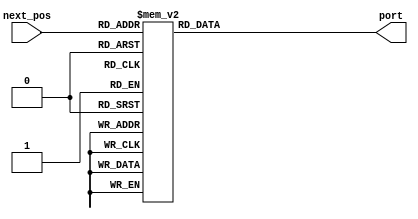
module routing_table_yx(
    next_pos,
    port
    );

parameter MY_XPOS = 0;
parameter MY_YPOS = 0;

input   [4:0]   next_pos;   // the bit size depends on the number of Nodes
output	[2:0]	    port;
reg 	[2:0]	    port;

/* YX DOR */
generate
if (MY_XPOS == 0 && MY_YPOS == 0) begin
    always @(*) begin
        case (next_pos)
            5'b00000 : port = 4;
            5'b00001 : port = 2;
            5'b00010 : port = 2;
            5'b00011 : port = 2;
            5'b00100 : port = 1;
            5'b00101 : port = 2;
            5'b00110 : port = 2;
            5'b00111 : port = 2;
            5'b01000 : port = 1;
            5'b01001 : port = 2;
            5'b01010 : port = 2;
            5'b01011 : port = 2;
            5'b01100 : port = 1;
            5'b01101 : port = 2;
            5'b01110 : port = 2;
            5'b01111 : port = 2;
            5'b10000 : port = 1;
            5'b10001 : port = 2;
            5'b10010 : port = 2;
            5'b10011 : port = 2;
            default  : port = 5'bx;
        endcase
    end
end else if (MY_XPOS == 0 && MY_YPOS == 1) begin
    always @(*) begin
        case (next_pos)
            5'b00000 : port = 0;
            5'b00001 : port = 4;
            5'b00010 : port = 2;
            5'b00011 : port = 2;
            5'b00100 : port = 0;
            5'b00101 : port = 1;
            5'b00110 : port = 2;
            5'b00111 : port = 2;
            5'b01000 : port = 0;
            5'b01001 : port = 1;
            5'b01010 : port = 2;
            5'b01011 : port = 2;
            5'b01100 : port = 0;
            5'b01101 : port = 1;
            5'b01110 : port = 2;
            5'b01111 : port = 2;
            5'b10000 : port = 0;
            5'b10001 : port = 1;
            5'b10010 : port = 2;
            5'b10011 : port = 2;
            default  : port = 5'bx;
        endcase
    end
end else if (MY_XPOS == 0 && MY_YPOS == 2) begin
    always @(*) begin
        case (next_pos)
            5'b00000 : port = 0;
            5'b00001 : port = 0;
            5'b00010 : port = 4;
            5'b00011 : port = 2;
            5'b00100 : port = 0;
            5'b00101 : port = 0;
            5'b00110 : port = 1;
            5'b00111 : port = 2;
            5'b01000 : port = 0;
            5'b01001 : port = 0;
            5'b01010 : port = 1;
            5'b01011 : port = 2;
            5'b01100 : port = 0;
            5'b01101 : port = 0;
            5'b01110 : port = 1;
            5'b01111 : port = 2;
            5'b10000 : port = 0;
            5'b10001 : port = 0;
            5'b10010 : port = 1;
            5'b10011 : port = 2;
            default  : port = 5'bx;
        endcase
    end
end else if (MY_XPOS == 0 && MY_YPOS == 3) begin
    always @(*) begin
        case (next_pos)
            5'b00000 : port = 0;
            5'b00001 : port = 0;
            5'b00010 : port = 0;
            5'b00011 : port = 4;
            5'b00100 : port = 0;
            5'b00101 : port = 0;
            5'b00110 : port = 0;
            5'b00111 : port = 1;
            5'b01000 : port = 0;
            5'b01001 : port = 0;
            5'b01010 : port = 0;
            5'b01011 : port = 1;
            5'b01100 : port = 0;
            5'b01101 : port = 0;
            5'b01110 : port = 0;
            5'b01111 : port = 1;
            5'b10000 : port = 0;
            5'b10001 : port = 0;
            5'b10010 : port = 0;
            5'b10011 : port = 1;
            default  : port = 5'bx;
        endcase
    end
end else if (MY_XPOS == 1 && MY_YPOS == 0) begin
    always @(*) begin
        case (next_pos)
            5'b00000 : port = 3;
            5'b00001 : port = 2;
            5'b00010 : port = 2;
            5'b00011 : port = 2;
            5'b00100 : port = 4;
            5'b00101 : port = 2;
            5'b00110 : port = 2;
            5'b00111 : port = 2;
            5'b01000 : port = 1;
            5'b01001 : port = 2;
            5'b01010 : port = 2;
            5'b01011 : port = 2;
            5'b01100 : port = 1;
            5'b01101 : port = 2;
            5'b01110 : port = 2;
            5'b01111 : port = 2;
            5'b10000 : port = 1;
            5'b10001 : port = 2;
            5'b10010 : port = 2;
            5'b10011 : port = 2;
            default  : port = 5'bx;
        endcase
    end
end else if (MY_XPOS == 1 && MY_YPOS == 1) begin
    always @(*) begin
        case (next_pos)
            5'b00000 : port = 0;
            5'b00001 : port = 3;
            5'b00010 : port = 2;
            5'b00011 : port = 2;
            5'b00100 : port = 0;
            5'b00101 : port = 4;
            5'b00110 : port = 2;
            5'b00111 : port = 2;
            5'b01000 : port = 0;
            5'b01001 : port = 1;
            5'b01010 : port = 2;
            5'b01011 : port = 2;
            5'b01100 : port = 0;
            5'b01101 : port = 1;
            5'b01110 : port = 2;
            5'b01111 : port = 2;
            5'b10000 : port = 0;
            5'b10001 : port = 1;
            5'b10010 : port = 2;
            5'b10011 : port = 2;
            default  : port = 5'bx;
        endcase
    end
end else if (MY_XPOS == 1 && MY_YPOS == 2) begin
    always @(*) begin
        case (next_pos)
            5'b00000 : port = 0;
            5'b00001 : port = 0;
            5'b00010 : port = 3;
            5'b00011 : port = 2;
            5'b00100 : port = 0;
            5'b00101 : port = 0;
            5'b00110 : port = 4;
            5'b00111 : port = 2;
            5'b01000 : port = 0;
            5'b01001 : port = 0;
            5'b01010 : port = 1;
            5'b01011 : port = 2;
            5'b01100 : port = 0;
            5'b01101 : port = 0;
            5'b01110 : port = 1;
            5'b01111 : port = 2;
            5'b10000 : port = 0;
            5'b10001 : port = 0;
            5'b10010 : port = 1;
            5'b10011 : port = 2;
            default  : port = 5'bx;
        endcase
    end
end else if (MY_XPOS == 1 && MY_YPOS == 3) begin
    always @(*) begin
        case (next_pos)
            5'b00000 : port = 0;
            5'b00001 : port = 0;
            5'b00010 : port = 0;
            5'b00011 : port = 3;
            5'b00100 : port = 0;
            5'b00101 : port = 0;
            5'b00110 : port = 0;
            5'b00111 : port = 4;
            5'b01000 : port = 0;
            5'b01001 : port = 0;
            5'b01010 : port = 0;
            5'b01011 : port = 1;
            5'b01100 : port = 0;
            5'b01101 : port = 0;
            5'b01110 : port = 0;
            5'b01111 : port = 1;
            5'b10000 : port = 0;
            5'b10001 : port = 0;
            5'b10010 : port = 0;
            5'b10011 : port = 1;
            default  : port = 5'bx;
        endcase
    end
end else if (MY_XPOS == 2 && MY_YPOS == 0) begin
    always @(*) begin
        case (next_pos)
            5'b00000 : port = 3;
            5'b00001 : port = 2;
            5'b00010 : port = 2;
            5'b00011 : port = 2;
            5'b00100 : port = 3;
            5'b00101 : port = 2;
            5'b00110 : port = 2;
            5'b00111 : port = 2;
            5'b01000 : port = 4;
            5'b01001 : port = 2;
            5'b01010 : port = 2;
            5'b01011 : port = 2;
            5'b01100 : port = 1;
            5'b01101 : port = 2;
            5'b01110 : port = 2;
            5'b01111 : port = 2;
            5'b10000 : port = 1;
            5'b10001 : port = 2;
            5'b10010 : port = 2;
            5'b10011 : port = 2;
            default  : port = 5'bx;
        endcase
    end
end else if (MY_XPOS == 2 && MY_YPOS == 1) begin
    always @(*) begin
        case (next_pos)
            5'b00000 : port = 0;
            5'b00001 : port = 3;
            5'b00010 : port = 2;
            5'b00011 : port = 2;
            5'b00100 : port = 0;
            5'b00101 : port = 3;
            5'b00110 : port = 2;
            5'b00111 : port = 2;
            5'b01000 : port = 0;
            5'b01001 : port = 4;
            5'b01010 : port = 2;
            5'b01011 : port = 2;
            5'b01100 : port = 0;
            5'b01101 : port = 1;
            5'b01110 : port = 2;
            5'b01111 : port = 2;
            5'b10000 : port = 0;
            5'b10001 : port = 1;
            5'b10010 : port = 2;
            5'b10011 : port = 2;
            default  : port = 5'bx;
        endcase
    end
end else if (MY_XPOS == 2 && MY_YPOS == 2) begin
    always @(*) begin
        case (next_pos)
            5'b00000 : port = 0;
            5'b00001 : port = 0;
            5'b00010 : port = 3;
            5'b00011 : port = 2;
            5'b00100 : port = 0;
            5'b00101 : port = 0;
            5'b00110 : port = 3;
            5'b00111 : port = 2;
            5'b01000 : port = 0;
            5'b01001 : port = 0;
            5'b01010 : port = 4;
            5'b01011 : port = 2;
            5'b01100 : port = 0;
            5'b01101 : port = 0;
            5'b01110 : port = 1;
            5'b01111 : port = 2;
            5'b10000 : port = 0;
            5'b10001 : port = 0;
            5'b10010 : port = 1;
            5'b10011 : port = 2;
            default  : port = 5'bx;
        endcase
    end
end else if (MY_XPOS == 2 && MY_YPOS == 3) begin
    always @(*) begin
        case (next_pos)
            5'b00000 : port = 0;
            5'b00001 : port = 0;
            5'b00010 : port = 0;
            5'b00011 : port = 3;
            5'b00100 : port = 0;
            5'b00101 : port = 0;
            5'b00110 : port = 0;
            5'b00111 : port = 3;
            5'b01000 : port = 0;
            5'b01001 : port = 0;
            5'b01010 : port = 0;
            5'b01011 : port = 4;
            5'b01100 : port = 0;
            5'b01101 : port = 0;
            5'b01110 : port = 0;
            5'b01111 : port = 1;
            5'b10000 : port = 0;
            5'b10001 : port = 0;
            5'b10010 : port = 0;
            5'b10011 : port = 1;
            default  : port = 5'bx;
        endcase
    end
end else if (MY_XPOS == 3 && MY_YPOS == 0) begin
    always @(*) begin
        case (next_pos)
            5'b00000 : port = 3;
            5'b00001 : port = 2;
            5'b00010 : port = 2;
            5'b00011 : port = 2;
            5'b00100 : port = 3;
            5'b00101 : port = 2;
            5'b00110 : port = 2;
            5'b00111 : port = 2;
            5'b01000 : port = 3;
            5'b01001 : port = 2;
            5'b01010 : port = 2;
            5'b01011 : port = 2;
            5'b01100 : port = 4;
            5'b01101 : port = 2;
            5'b01110 : port = 2;
            5'b01111 : port = 2;
            5'b10000 : port = 1;
            5'b10001 : port = 2;
            5'b10010 : port = 2;
            5'b10011 : port = 2;
            default  : port = 5'bx;
        endcase
    end
end else if (MY_XPOS == 3 && MY_YPOS == 1) begin
    always @(*) begin
        case (next_pos)
            5'b00000 : port = 0;
            5'b00001 : port = 3;
            5'b00010 : port = 2;
            5'b00011 : port = 2;
            5'b00100 : port = 0;
            5'b00101 : port = 3;
            5'b00110 : port = 2;
            5'b00111 : port = 2;
            5'b01000 : port = 0;
            5'b01001 : port = 3;
            5'b01010 : port = 2;
            5'b01011 : port = 2;
            5'b01100 : port = 0;
            5'b01101 : port = 4;
            5'b01110 : port = 2;
            5'b01111 : port = 2;
            5'b10000 : port = 0;
            5'b10001 : port = 1;
            5'b10010 : port = 2;
            5'b10011 : port = 2;
            default  : port = 5'bx;
        endcase
    end
end else if (MY_XPOS == 3 && MY_YPOS == 2) begin
    always @(*) begin
        case (next_pos)
            5'b00000 : port = 0;
            5'b00001 : port = 0;
            5'b00010 : port = 3;
            5'b00011 : port = 2;
            5'b00100 : port = 0;
            5'b00101 : port = 0;
            5'b00110 : port = 3;
            5'b00111 : port = 2;
            5'b01000 : port = 0;
            5'b01001 : port = 0;
            5'b01010 : port = 3;
            5'b01011 : port = 2;
            5'b01100 : port = 0;
            5'b01101 : port = 0;
            5'b01110 : port = 4;
            5'b01111 : port = 2;
            5'b10000 : port = 0;
            5'b10001 : port = 0;
            5'b10010 : port = 1;
            5'b10011 : port = 2;
            default  : port = 5'bx;
        endcase
    end
end else if (MY_XPOS == 3 && MY_YPOS == 3) begin
    always @(*) begin
        case (next_pos)
            5'b00000 : port = 0;
            5'b00001 : port = 0;
            5'b00010 : port = 0;
            5'b00011 : port = 3;
            5'b00100 : port = 0;
            5'b00101 : port = 0;
            5'b00110 : port = 0;
            5'b00111 : port = 3;
            5'b01000 : port = 0;
            5'b01001 : port = 0;
            5'b01010 : port = 0;
            5'b01011 : port = 3;
            5'b01100 : port = 0;
            5'b01101 : port = 0;
            5'b01110 : port = 0;
            5'b01111 : port = 4;
            5'b10000 : port = 0;
            5'b10001 : port = 0;
            5'b10010 : port = 0;
            5'b10011 : port = 1;
            default  : port = 5'bx;
        endcase
    end
end else if (MY_XPOS == 4 && MY_YPOS == 0) begin
    always @(*) begin
        case (next_pos)
            5'b00000 : port = 3;
            5'b00001 : port = 2;
            5'b00010 : port = 2;
            5'b00011 : port = 2;
            5'b00100 : port = 3;
            5'b00101 : port = 2;
            5'b00110 : port = 2;
            5'b00111 : port = 2;
            5'b01000 : port = 3;
            5'b01001 : port = 2;
            5'b01010 : port = 2;
            5'b01011 : port = 2;
            5'b01100 : port = 3;
            5'b01101 : port = 2;
            5'b01110 : port = 2;
            5'b01111 : port = 2;
            5'b10000 : port = 4;
            5'b10001 : port = 2;
            5'b10010 : port = 2;
            5'b10011 : port = 2;
            default  : port = 5'bx;
        endcase
    end
end else if (MY_XPOS == 4 && MY_YPOS == 1) begin
    always @(*) begin
        case (next_pos)
            5'b00000 : port = 0;
            5'b00001 : port = 3;
            5'b00010 : port = 2;
            5'b00011 : port = 2;
            5'b00100 : port = 0;
            5'b00101 : port = 3;
            5'b00110 : port = 2;
            5'b00111 : port = 2;
            5'b01000 : port = 0;
            5'b01001 : port = 3;
            5'b01010 : port = 2;
            5'b01011 : port = 2;
            5'b01100 : port = 0;
            5'b01101 : port = 3;
            5'b01110 : port = 2;
            5'b01111 : port = 2;
            5'b10000 : port = 0;
            5'b10001 : port = 4;
            5'b10010 : port = 2;
            5'b10011 : port = 2;
            default  : port = 5'bx;
        endcase
    end
end else if (MY_XPOS == 4 && MY_YPOS == 2) begin
    always @(*) begin
        case (next_pos)
            5'b00000 : port = 0;
            5'b00001 : port = 0;
            5'b00010 : port = 3;
            5'b00011 : port = 2;
            5'b00100 : port = 0;
            5'b00101 : port = 0;
            5'b00110 : port = 3;
            5'b00111 : port = 2;
            5'b01000 : port = 0;
            5'b01001 : port = 0;
            5'b01010 : port = 3;
            5'b01011 : port = 2;
            5'b01100 : port = 0;
            5'b01101 : port = 0;
            5'b01110 : port = 3;
            5'b01111 : port = 2;
            5'b10000 : port = 0;
            5'b10001 : port = 0;
            5'b10010 : port = 4;
            5'b10011 : port = 2;
            default  : port = 5'bx;
        endcase
    end
end else if (MY_XPOS == 4 && MY_YPOS == 3) begin
    always @(*) begin
        case (next_pos)
            5'b00000 : port = 0;
            5'b00001 : port = 0;
            5'b00010 : port = 0;
            5'b00011 : port = 3;
            5'b00100 : port = 0;
            5'b00101 : port = 0;
            5'b00110 : port = 0;
            5'b00111 : port = 3;
            5'b01000 : port = 0;
            5'b01001 : port = 0;
            5'b01010 : port = 0;
            5'b01011 : port = 3;
            5'b01100 : port = 0;
            5'b01101 : port = 0;
            5'b01110 : port = 0;
            5'b01111 : port = 3;
            5'b10000 : port = 0;
            5'b10001 : port = 0;
            5'b10010 : port = 0;
            5'b10011 : port = 4;
            default  : port = 5'bx;
        endcase
    end
end
endgenerate
endmodule